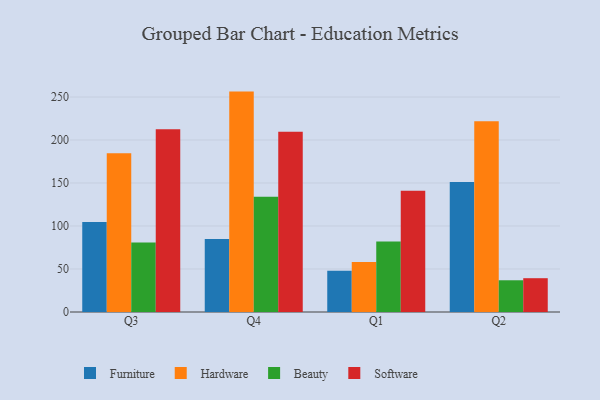
{"axis": {"x": "Quarter", "y": "Energy Usage (MWh)"}, "legend": ["Beauty", "Furniture", "Hardware", "Software"], "data": [{"x": "Q3", "y": 104.7, "type": "Furniture"}, {"x": "Q3", "y": 184.7, "type": "Hardware"}, {"x": "Q3", "y": 80.9, "type": "Beauty"}, {"x": "Q3", "y": 212.4, "type": "Software"}, {"x": "Q4", "y": 84.9, "type": "Furniture"}, {"x": "Q4", "y": 256.3, "type": "Hardware"}, {"x": "Q4", "y": 133.9, "type": "Beauty"}, {"x": "Q4", "y": 209.7, "type": "Software"}, {"x": "Q1", "y": 48.1, "type": "Furniture"}, {"x": "Q1", "y": 58.2, "type": "Hardware"}, {"x": "Q1", "y": 81.9, "type": "Beauty"}, {"x": "Q1", "y": 141.1, "type": "Software"}, {"x": "Q2", "y": 151.3, "type": "Furniture"}, {"x": "Q2", "y": 221.7, "type": "Hardware"}, {"x": "Q2", "y": 36.9, "type": "Beauty"}, {"x": "Q2", "y": 39.3, "type": "Software"}]}